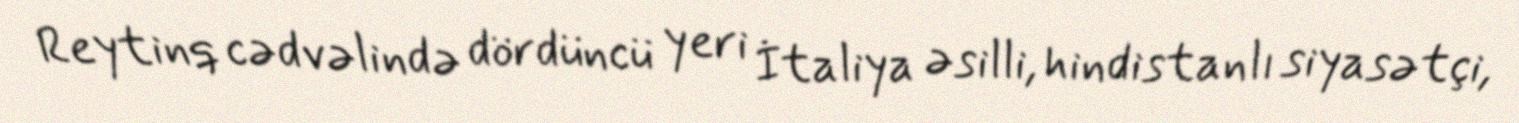
Reytinq cədvəlində dördüncü yeri İtaliya əsilli, hindistanlı siyasətçi,